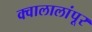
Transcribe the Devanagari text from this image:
क्वालालांपूर